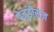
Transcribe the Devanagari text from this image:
प्रेजुडीसेज़